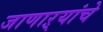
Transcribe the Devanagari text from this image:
जाणाऱ्यांचे